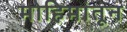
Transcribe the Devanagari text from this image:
मोहिमांतून